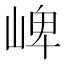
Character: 崥